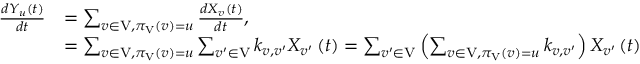
\begin{array} { r l } { \frac { d Y _ { u } \left( t \right) } { d t } } & { = \sum _ { v \in \mathrm { V } , \pi _ { \mathrm { V } } \left( v \right) = u } \frac { d X _ { v } \left( t \right) } { d t } , } \\ & { = \sum _ { v \in \mathrm { V } , \pi _ { \mathrm { V } } \left( v \right) = u } \sum _ { v ^ { \prime } \in \mathrm { V } } k _ { v , v ^ { \prime } } X _ { v ^ { \prime } } \left( t \right) = \sum _ { v ^ { \prime } \in \mathrm { V } } \left( \sum _ { v \in \mathrm { V } , \pi _ { \mathrm { V } } \left( v \right) = u } k _ { v , v ^ { \prime } } \right) X _ { v ^ { \prime } } \left( t \right) } \end{array}